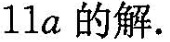
11a的解.